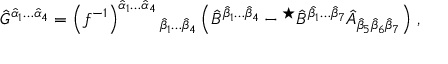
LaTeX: \hat { G } ^ { \hat { \alpha } _ { 1 } \ldots \hat { \alpha } _ { 4 } } = \left( f ^ { - 1 } \right) ^ { \hat { \alpha } _ { 1 } \ldots \hat { \alpha } _ { 4 } } { } _ { \hat { \beta } _ { 1 } \ldots \hat { \beta } _ { 4 } } \left( \hat { B } ^ { \hat { \beta } _ { 1 } \ldots \hat { \beta } _ { 4 } } - { } ^ { \star } \hat { B } ^ { \hat { \beta } _ { 1 } \ldots \hat { \beta } _ { 7 } } \hat { A } _ { \hat { \beta } _ { 5 } \hat { \beta } _ { 6 } \hat { \beta } _ { 7 } } \right) \, ,